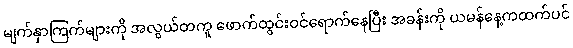
မျက်နှာကြက်များကို အလွယ်တကူ ဖောက်ထွင်းဝင်ရောက်နေပြီး အခန်းကို ယမန်နေ့ကထက်ပင်